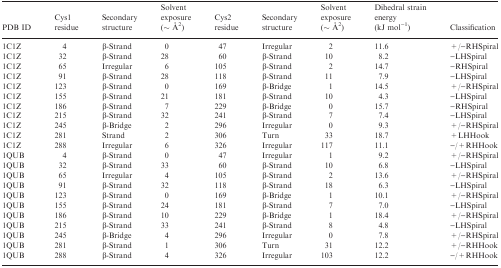
<table><thead><tr><td><b>PDB ID</b></td><td><b>Cys1 residue</b></td><td><b>Secondary structure</b></td><td><b>Solvent exposure (∼ Å<sup>2</sup>)</b></td><td><b>Cys2 residue</b></td><td><b>Secondary structure</b></td><td><b>Solvent exposure (∼ Å<sup>2</sup>)</b></td><td><b>Dihedral strain energy (kJ mol<sup>−1</sup>)</b></td><td><b>Classification</b></td></tr></thead><tbody><tr><td>1C1Z</td><td>4</td><td>β-Strand</td><td>0</td><td>47</td><td>Irregular</td><td>2</td><td>11.6</td><td>+/−RHSpiral</td></tr><tr><td>1C1Z</td><td>32</td><td>β-Strand</td><td>28</td><td>60</td><td>β-Strand</td><td>10</td><td>8.2</td><td>−LHSpiral</td></tr><tr><td>1C1Z</td><td>65</td><td>Irregular</td><td>6</td><td>105</td><td>β-Strand</td><td>2</td><td>14.7</td><td>−RHSpiral</td></tr><tr><td>1C1Z</td><td>91</td><td>β-Strand</td><td>28</td><td>118</td><td>β-Strand</td><td>11</td><td>7.9</td><td>−LHSpiral</td></tr><tr><td>1C1Z</td><td>123</td><td>β-Strand</td><td>0</td><td>169</td><td>β-Bridge</td><td>1</td><td>14.5</td><td>+/−RHSpiral</td></tr><tr><td>1C1Z</td><td>155</td><td>β-Strand</td><td>21</td><td>181</td><td>β-Strand</td><td>10</td><td>4.3</td><td>−LHSpiral</td></tr><tr><td>1C1Z</td><td>186</td><td>β-Strand</td><td>7</td><td>229</td><td>β-Bridge</td><td>0</td><td>15.7</td><td>−RHSpiral</td></tr><tr><td>1C1Z</td><td>215</td><td>β-Strand</td><td>32</td><td>241</td><td>β-Strand</td><td>7</td><td>7.4</td><td>−LHSpiral</td></tr><tr><td>1C1Z</td><td>245</td><td>β-Bridge</td><td>2</td><td>296</td><td>Irregular</td><td>0</td><td>9.3</td><td>+/−RHSpiral</td></tr><tr><td>1C1Z</td><td>281</td><td>Strand</td><td>2</td><td>306</td><td>Turn</td><td>33</td><td>18.7</td><td>+LHHook</td></tr><tr><td>1C1Z</td><td>288</td><td>Irregular</td><td>6</td><td>326</td><td>Irregular</td><td>117</td><td>11.1</td><td>−/+RHHook</td></tr><tr><td>1QUB</td><td>4</td><td>β-Strand</td><td>0</td><td>47</td><td>Irregular</td><td>1</td><td>9.2</td><td>+/−RHSpiral</td></tr><tr><td>1QUB</td><td>32</td><td>β-Strand</td><td>33</td><td>60</td><td>β-Strand</td><td>10</td><td>6.8</td><td>−LHSpiral</td></tr><tr><td>1QUB</td><td>65</td><td>Irregular</td><td>4</td><td>105</td><td>β-Strand</td><td>2</td><td>13.6</td><td>+/−RHSpiral</td></tr><tr><td>1QUB</td><td>91</td><td>β-Strand</td><td>32</td><td>118</td><td>β-Strand</td><td>18</td><td>6.3</td><td>−LHSpiral</td></tr><tr><td>1QUB</td><td>123</td><td>β-Strand</td><td>0</td><td>169</td><td>β-Bridge</td><td>1</td><td>10.1</td><td>+/−RHSpiral</td></tr><tr><td>1QUB</td><td>155</td><td>β-Strand</td><td>24</td><td>181</td><td>β-Strand</td><td>7</td><td>7.0</td><td>−LHSpiral</td></tr><tr><td>1QUB</td><td>186</td><td>β-Strand</td><td>10</td><td>229</td><td>β-Bridge</td><td>1</td><td>18.4</td><td>+/−RHSpiral</td></tr><tr><td>1QUB</td><td>215</td><td>β-Strand</td><td>33</td><td>241</td><td>β-Strand</td><td>8</td><td>4.8</td><td>−LHSpiral</td></tr><tr><td>1QUB</td><td>245</td><td>β-Bridge</td><td>4</td><td>296</td><td>Irregular</td><td>0</td><td>7.8</td><td>+/−RHSpiral</td></tr><tr><td>1QUB</td><td>281</td><td>β-Strand</td><td>1</td><td>306</td><td>Turn</td><td>31</td><td>12.2</td><td>+/−RHHook</td></tr><tr><td>1QUB</td><td>288</td><td>β-Strand</td><td>4</td><td>326</td><td>Irregular</td><td>103</td><td>12.2</td><td>−/+RHHook</td></tr></tbody></table>